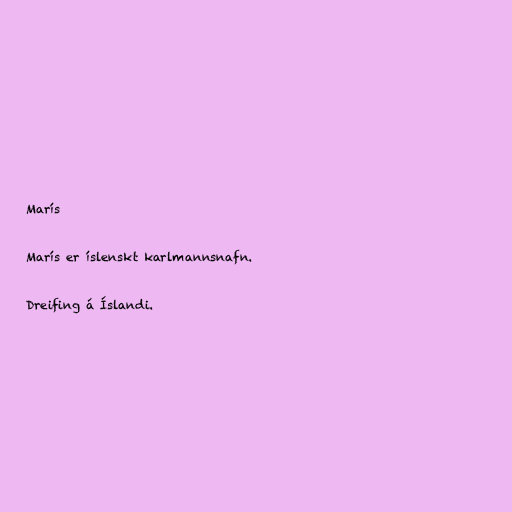
Marís

Marís er íslenskt karlmannsnafn.

Dreifing á Íslandi.